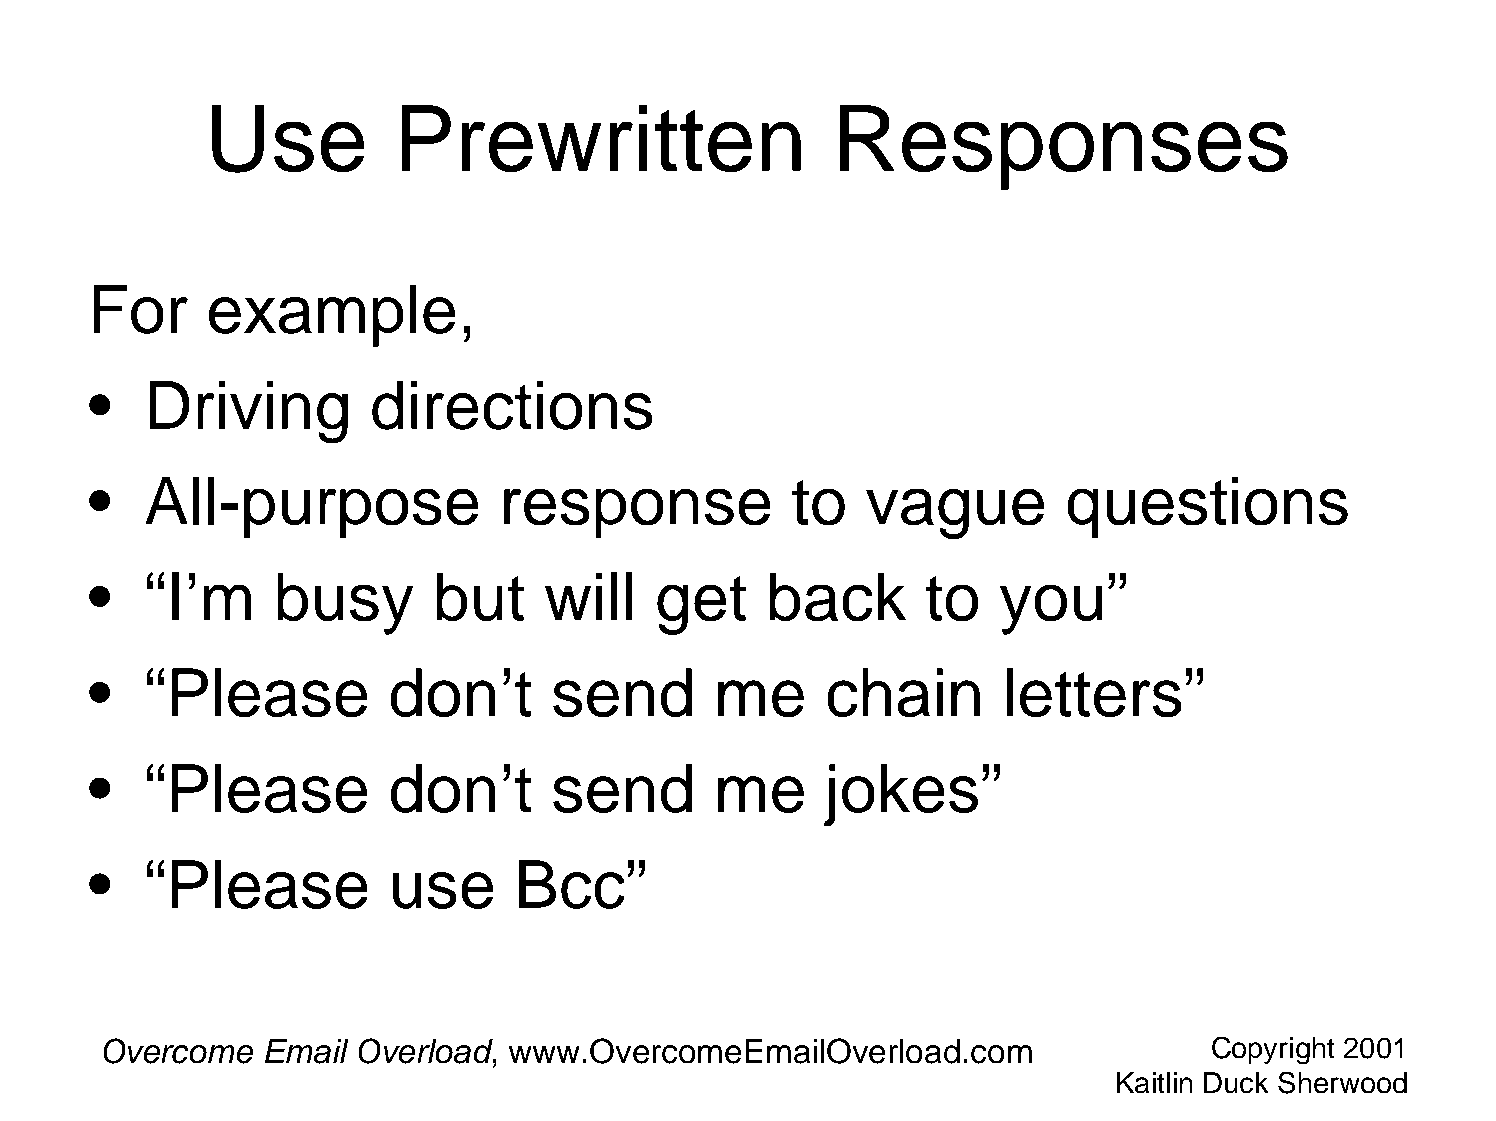
Use         Prewritten                   Responses
 For     example,
 •   Driving        directions
 •   All-purpose            response            to  vague         questions
 •   “I’m    busy       but    will   get     back      to   you”
 •   “Please         don’t      send      me      chain      letters”
 •   “Please         don’t      send      me      jokes”
 •   “Please         use     Bcc”
 Overcome  Email  Overload, www.OvercomeEmailOverload.com                 Copyright 2001
 Kaitlin Duck Sherwood